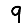
Digit: 9